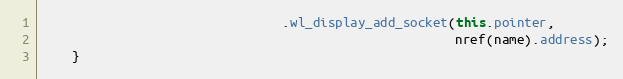
Language: Java
                                .wl_display_add_socket(this.pointer,
                                                       nref(name).address);
    }